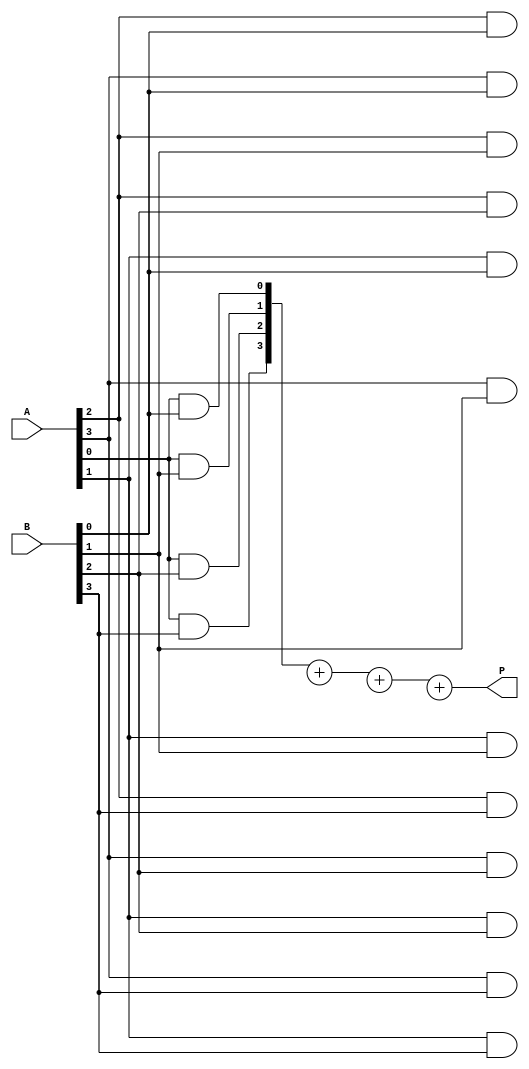
module array_multiplier #(parameter A_WIDTH = 4, B_WIDTH = 4) (
    input [A_WIDTH-1:0] A,    // m-bit input A
    input [B_WIDTH-1:0] B,    // n-bit input B
    output [(A_WIDTH + B_WIDTH - 1):0] P // (m+n)-bit output P
);

// Intermediate partial product wires
wire [A_WIDTH * B_WIDTH - 1:0] partial_products [(A_WIDTH-1):0];

// Generate partial products
genvar i, j;
generate
    for (i = 0; i < A_WIDTH; i = i + 1) begin : row
        for (j = 0; j < B_WIDTH; j = j + 1) begin : col
            assign partial_products[i][j + i] = A[i] & B[j]; // Shift and AND
        end
    end
endgenerate

// Sum the partial products to generate the final product
wire [A_WIDTH + B_WIDTH - 1:0] sum [0:A_WIDTH-1]; // Array for sums
assign sum[0] = {partial_products[0][(A_WIDTH + B_WIDTH - 1):0]};

// Create adder for each row of partial products
generate
    for (i = 1; i < A_WIDTH; i = i + 1) begin : adder
        assign sum[i] = sum[i-1] + partial_products[i]; // Add previous sum with current
    end
endgenerate

// Final Product Output
assign P = sum[A_WIDTH - 1];

endmodule